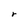
Character: r